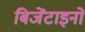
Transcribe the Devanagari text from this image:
बिजेंटाइनों